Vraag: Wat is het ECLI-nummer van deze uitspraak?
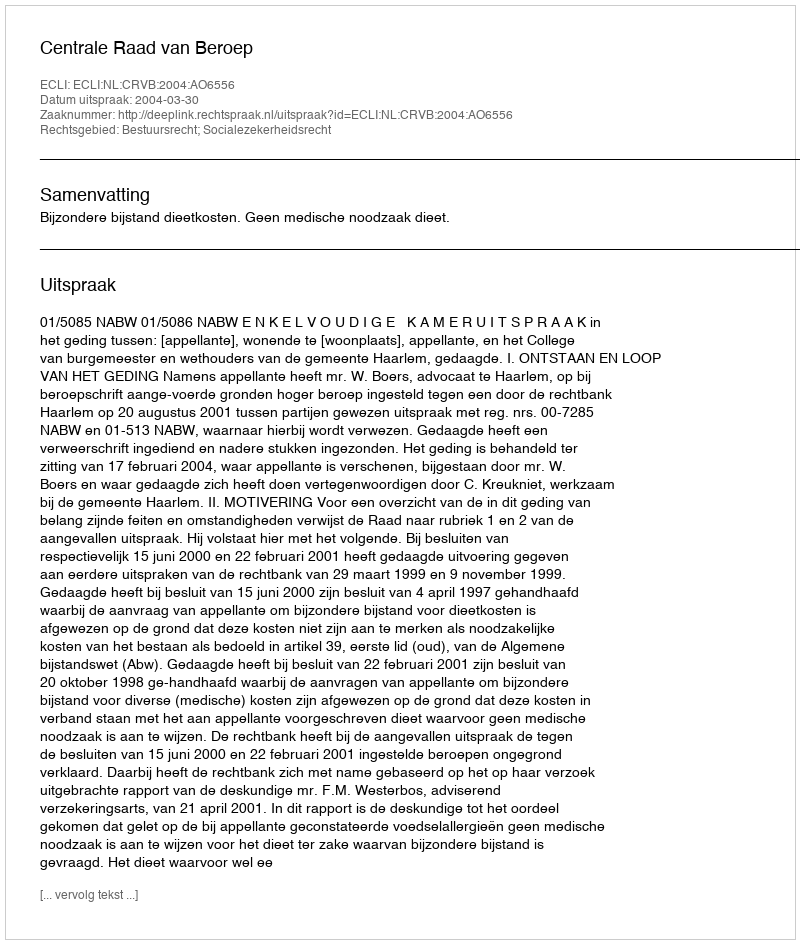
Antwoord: ECLI:NL:CRVB:2004:AO6556